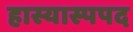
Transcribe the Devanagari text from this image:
हास्यास्पपद